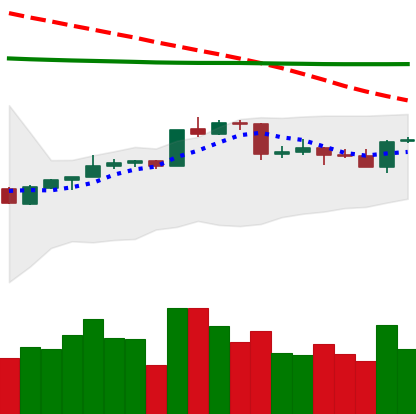
Ticker: ADA-USD
Chart end date: 2020-04-17
Forward return: 5.744%
Label: up_5_7